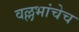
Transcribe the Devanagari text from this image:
वल्लभांचेच